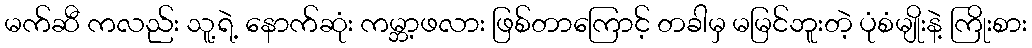
မက်ဆီ ကလည်း သူ့ရဲ့ နောက်ဆုံး ကမ္ဘာ့ဖလား ဖြစ်တာကြောင့် တခါမှ မမြင်ဘူးတဲ့ ပုံစံမျိုးနဲ့ ကြိုးစား